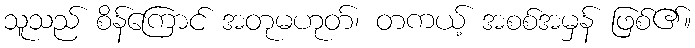
သူသည် စိန်ကြောင် အတုမဟုတ်၊ တကယ့် အစစ်အမှန် ဖြစ်၏။